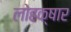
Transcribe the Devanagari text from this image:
लोहक्षार